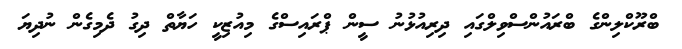
ބްރޫކްލިންގެ ބްރައުންސްވިލްގައި ދިރިއުޅުނު ސީން ޕްރައިސްގެ މިއުޒިކީ ހަޔާތް ދިގު ދެމިގެން ނުދިޔަ